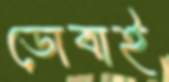
ডোবাই